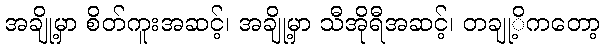
အချို့မှာ စိတ်ကူးအဆင့်၊ အချို့မှာ သီအိုရီအဆင့်၊ တချု့ိကတော့